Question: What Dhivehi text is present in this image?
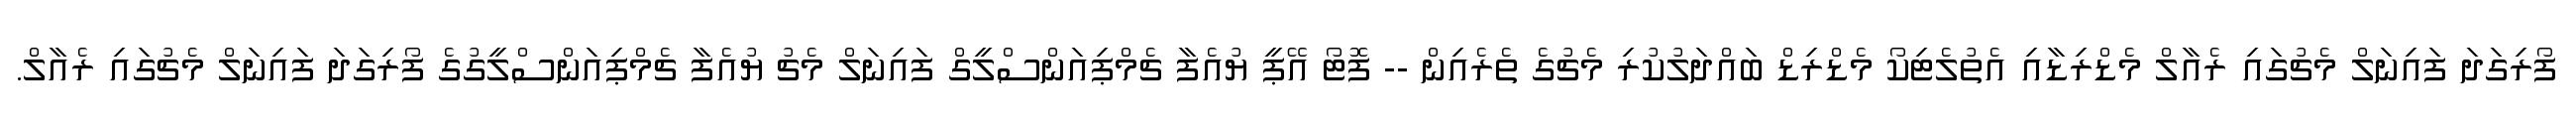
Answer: ފޯރިގަދަ ފައިނަލް މެޗުގައި ރެއާލް މެޑްރިޑާއި އެތުލެޓިކޯ މެޑްރިޑް ބައްދަލުކުރި މެޗުގެ ތެރެއިން -- ފޮޓޯ އޭޕީ ޔުއެފާ ޗެމްޕިއަންސްލީގް ފައިނަލް މެޗު ޔުއެފާ ޗެމްޕިއަންސްލީގުގެ ފޯރިގަދަ ފައިނަލް މެޗުގައި ރެއާލް.